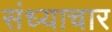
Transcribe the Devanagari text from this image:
संध्याचार